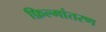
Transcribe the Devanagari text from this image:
फ़िल्मांतरण